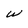
Character: w